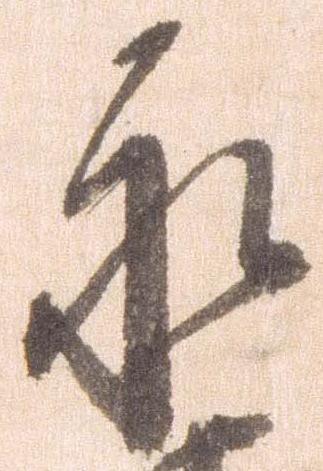
永